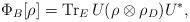
LaTeX: \begin{align*}\Phi _{B}[\rho ]=\mathop{\rm Tr}\nolimits_{E}U(\rho \otimes \rho_{D})U^{\ast }, \end{align*}